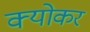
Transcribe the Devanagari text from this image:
क्योकर